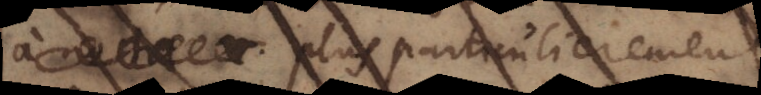
plus parfaitement